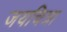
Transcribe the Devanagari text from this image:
जयचित्रा